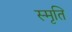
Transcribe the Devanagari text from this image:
स्‍मृति